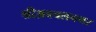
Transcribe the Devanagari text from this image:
श्रीअबचलनगर